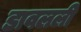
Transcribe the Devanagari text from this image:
डावलली